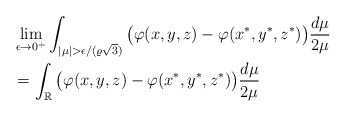
\begin{align*}& \lim_{\epsilon\to 0^+} \int_{|\mu|>\epsilon/(\varrho \sqrt{3})} \big(\varphi(x,y,z)-\varphi(x^\ast,y^\ast,z^\ast)\big) \frac{d\mu}{2\mu} \\& = \int_{\mathbb{R}} \big(\varphi(x,y,z)-\varphi(x^\ast,y^\ast,z^\ast)\big) \frac{d\mu}{2\mu} \end{align*}